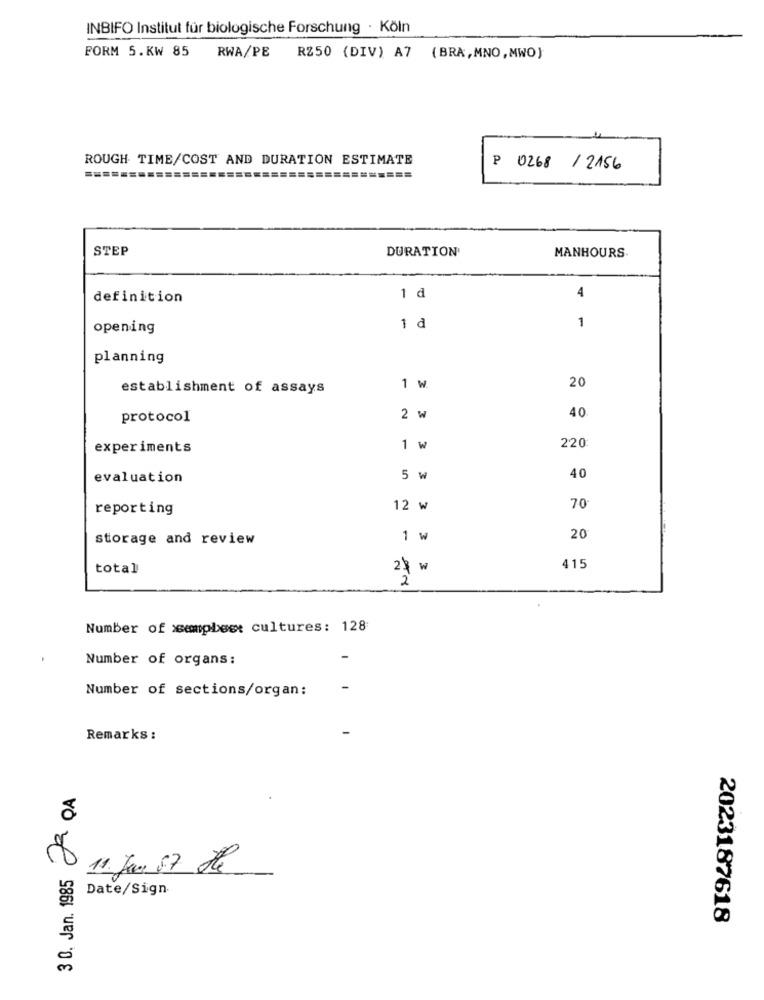
INBIFO Institut für biologische Forschung · Köln
FORM 5.KW 85
RWA/PE
RZ50 (DIV) A7 (BRA,MNO,MWO)
ROUGH. TIME/COST AND DURATION ESTIMATE
P 0268 / 2156
=====
STEP
DURATION'
MANHOURS.
4
definition
1 d
opening
1 d
1
planning
20
establishment of assays
1 W
protocol
2 w
40
experiments
1 w
220
evaluation
5 w
40
reporting
12 w
70
storage and review
1 W
20
total
2$ w
415
2
Number of xsempbeet cultures: 128
Number of organs:
Number of sections/organ:
Remarks :
3 0. Jan. 1985 8 QA
11. Jun 87 He
Date/Sign
2023187618